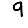
Digit: 9